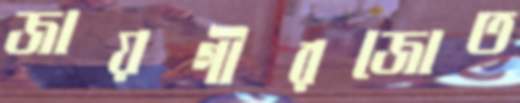
জায়গীরজোত